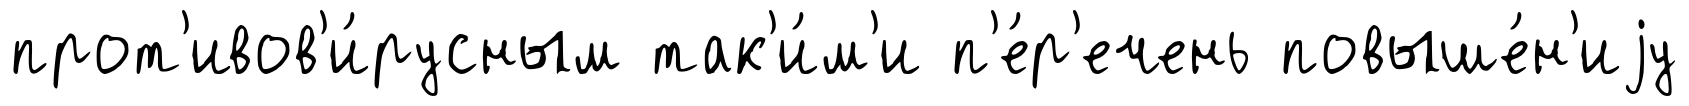
прот'ивов'и́русным так'и́м'и п'е́р'ечень повыше́н'иjу